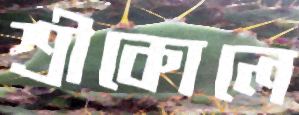
শ্রীকোলে